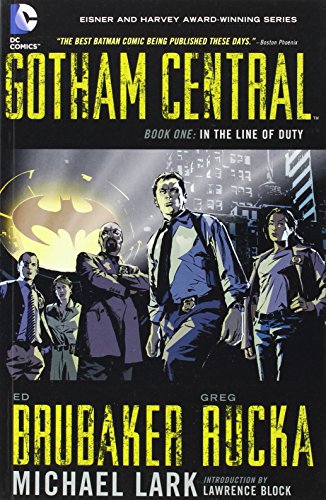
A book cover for Gotham Central, Book 1: In the Line of Duty; Greg Rucka; Comics & Graphic Novels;